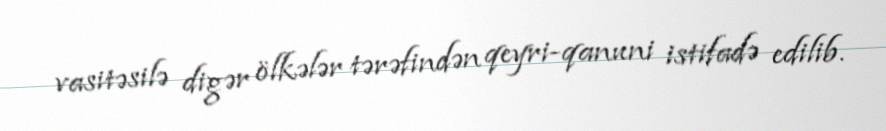
vasitəsilə digər ölkələr tərəfindən qeyri-qanuni istifadə edilib.